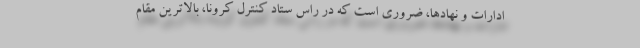
ادارات و نهادها، ضروری است که در راس ستاد کنترل کرونا، بالاترین مقام